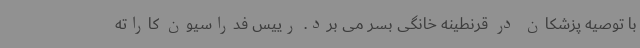
با توصیه پزشکان در قرنطینه خانگی بسر می برد. رییس فدراسیون کاراته